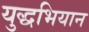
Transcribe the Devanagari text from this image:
युद्धभियान